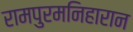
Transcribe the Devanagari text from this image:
रामपुरमनिहारान